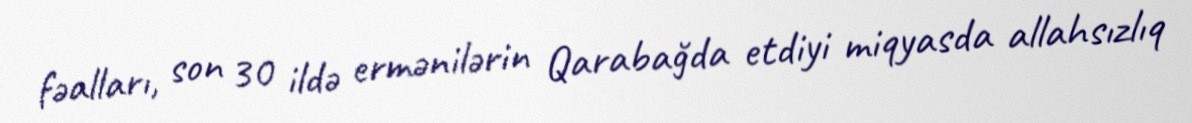
fəalları, son 30 ildə ermənilərin Qarabağda etdiyi miqyasda allahsızlıq